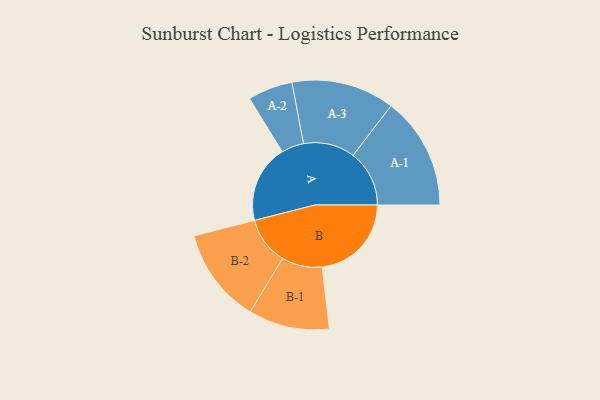
{"axis": {"x": "Segment", "y": "Value"}, "legend": ["", "A", "B"], "data": [{"x": "A", "y": 361, "type": ""}, {"x": "B", "y": 414, "type": ""}, {"x": "A-1", "y": 261, "type": "A"}, {"x": "A-2", "y": 104, "type": "A"}, {"x": "A-3", "y": 239, "type": "A"}, {"x": "B-1", "y": 188, "type": "B"}, {"x": "B-2", "y": 221, "type": "B"}]}